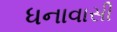
ધનાવાસી